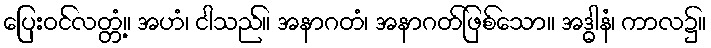
ပြေးဝင်လတ္တံ့။ အဟံ၊ ငါသည်။ အနာဂတံ၊ အနာဂတ်ဖြစ်သော။ အဒ္ဓါနံ၊ ကာလ၌။